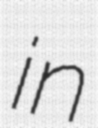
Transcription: in